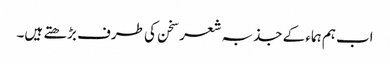
اب ہم ہماء کے جذبہ شعر سخن کی طرف بڑھتے ہیں۔